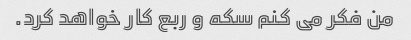
من فکر می کنم سکه و ربع کار خواهد کرد.